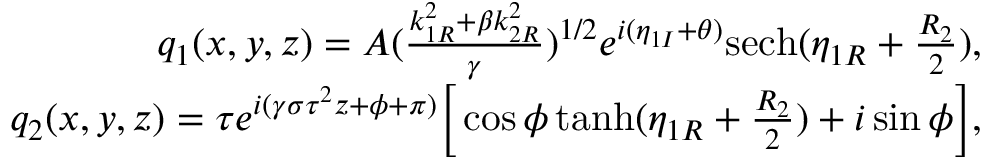
\begin{array} { r l r } & { } & { q _ { 1 } ( x , y , z ) = A ( \frac { k _ { 1 R } ^ { 2 } + \beta k _ { 2 R } ^ { 2 } } { \gamma } ) ^ { 1 / 2 } e ^ { i ( \eta _ { 1 I } + \theta ) } \mathrm { s e c h } ( \eta _ { 1 R } + \frac { R _ { 2 } } { 2 } ) , } \\ & { } & { q _ { 2 } ( x , y , z ) = \tau e ^ { i ( \gamma \sigma \tau ^ { 2 } z + \phi + \pi ) } \bigg [ \cos \phi \operatorname { t a n h } ( \eta _ { 1 R } + \frac { R _ { 2 } } { 2 } ) + i \sin \phi \bigg ] , } \end{array}